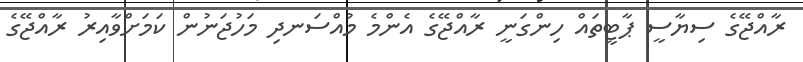
ރާއްޖޭގެ ސިޔާސީ ޕާޓީތައް ހިންގަނީ ރާއްޖޭގެ އެންމެ މުއްސަނދި މަހުޖަނުން ކަމަށްވާއިރު ރާއްޖޭގެ